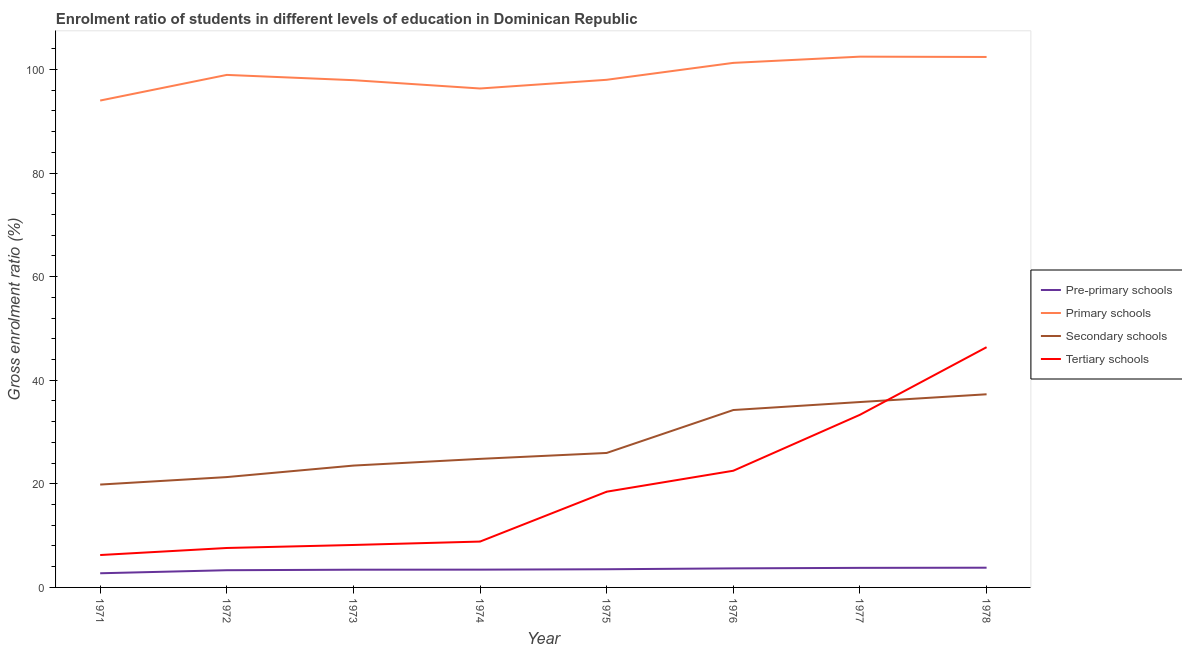
| Year | Pre-primary schools | Primary schools | Secondary schools | Tertiary schools |
 | --- | --- | --- | --- | --- |
 | 1971 | 2.73 | 94 | 19.9 | 6.25 |
 | 1972 | 3.32 | 98.9 | 21.3 | 7.61 |
 | 1973 | 3.42 | 97.9 | 23.5 | 8.2 |
 | 1974 | 3.43 | 96.3 | 24.8 | 8.85 |
 | 1975 | 3.51 | 98 | 26 | 18.5 |
 | 1976 | 3.68 | 101 | 34.2 | 22.5 |
 | 1977 | 3.78 | 102 | 35.8 | 33.3 |
 | 1978 | 3.81 | 102 | 37.3 | 46.4 |